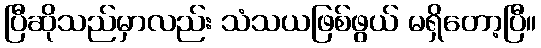
ပြီဆိုသည်မှာလည်း သံသယဖြစ်ဖွယ် မရှိတော့ပြီ။